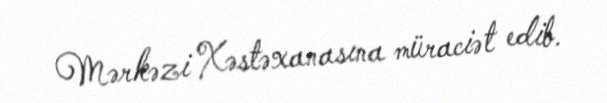
Mərkəzi Xəstəxanasına müraciət edib.